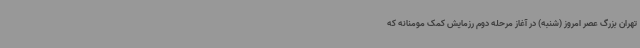
تهران بزرگ عصر امروز (شنبه) در آغاز مرحله دوم رزمایش کمک مومنانه که